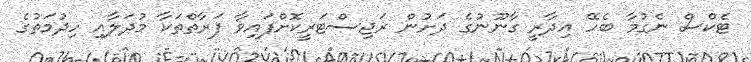
ޓެކްސް ނެގުމާ ބެހޭ އިދާރީ ގާނޫނުގެ ދަށުން ރަޖިސްޓަރީކޮށްފައިވާ ފަރާތްތަކާ މުދަލާއި ހިދުމަތުގެ